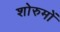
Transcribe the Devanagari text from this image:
शोरुमों